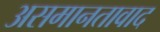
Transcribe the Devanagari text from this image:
असमानतावाद